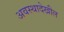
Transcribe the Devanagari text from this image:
अवस्थादेखील